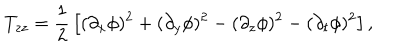
LaTeX: T _ { z z } = { \frac { 1 } { 2 } } \left[ ( \partial _ { x } \phi ) ^ { 2 } + ( \partial _ { y } \phi ) ^ { 2 } - ( \partial _ { z } \phi ) ^ { 2 } - ( \partial _ { t } \phi ) ^ { 2 } \right] ,